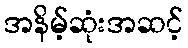
အနိမ့်ဆုံးအဆင့်